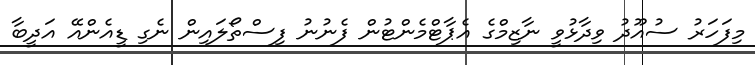
މިފަހަރު ސުއޫދު ވިދާޅުވީ ނާޒިމްގެ އެޕާޓްމެންޓުން ފެނުނު ފިސްތޯލައިން ނެގި ޑީއެންއޭ އަދީބާ